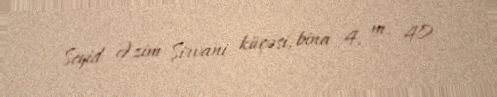
Seyid Əzim Şirvani küçəsi, bina 4, m. 40